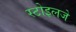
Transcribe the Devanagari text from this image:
स्टोइलजे